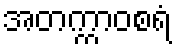
အတက္ကာဝစရံ